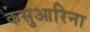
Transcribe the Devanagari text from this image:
कसुआरिना